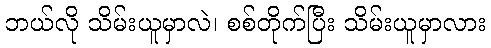
ဘယ်လို သိမ်းယူမှာလဲ၊ စစ်တိုက်ပြီး သိမ်းယူမှာလား